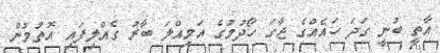
އާތީ ބުނީ ގަދަ ހައެއްގެ ޖާގަ ހޯދުމުގެ އަމިއްލަ ބާރު ގެއްލިފައި އޮތުމުން